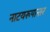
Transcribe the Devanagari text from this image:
नाटयरूपान्तर